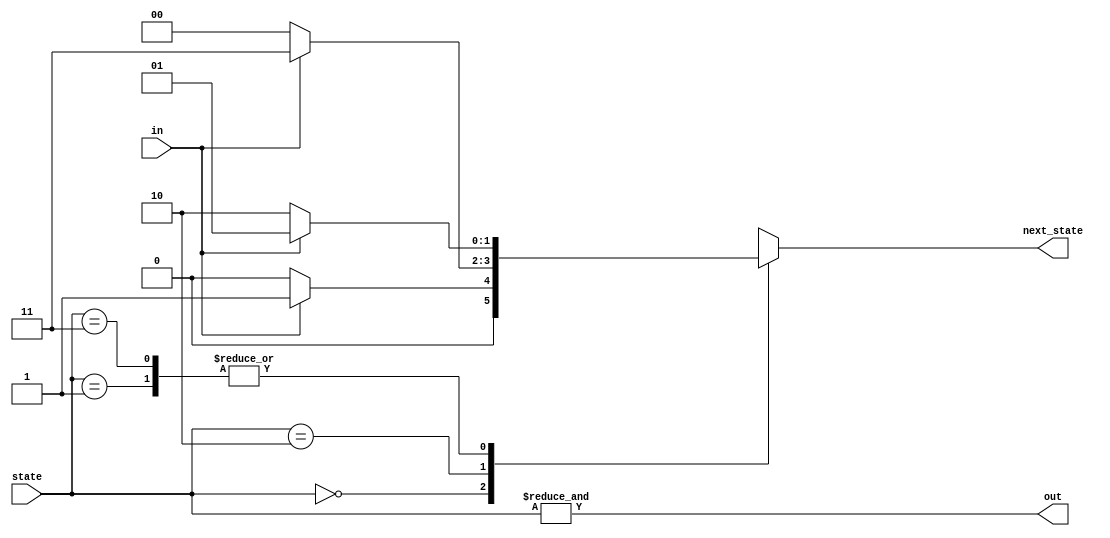
module top_module(
    input in,
    input [1:0] state,
    output [1:0] next_state,
    output out); //

    parameter A=0, B=1, C=2, D=3;

    // State transition logic: next_state = f(state, in)
    always @(*) begin
        case(state)
            A: next_state = in?B:A;
            B: next_state = in?B:C;
            C: next_state = in?D:A;
            D: next_state = in?B:C;
        endcase
    end
    
    // Output logic:  out = f(state) for a Moore state machine
    assign out = &state;
endmodule